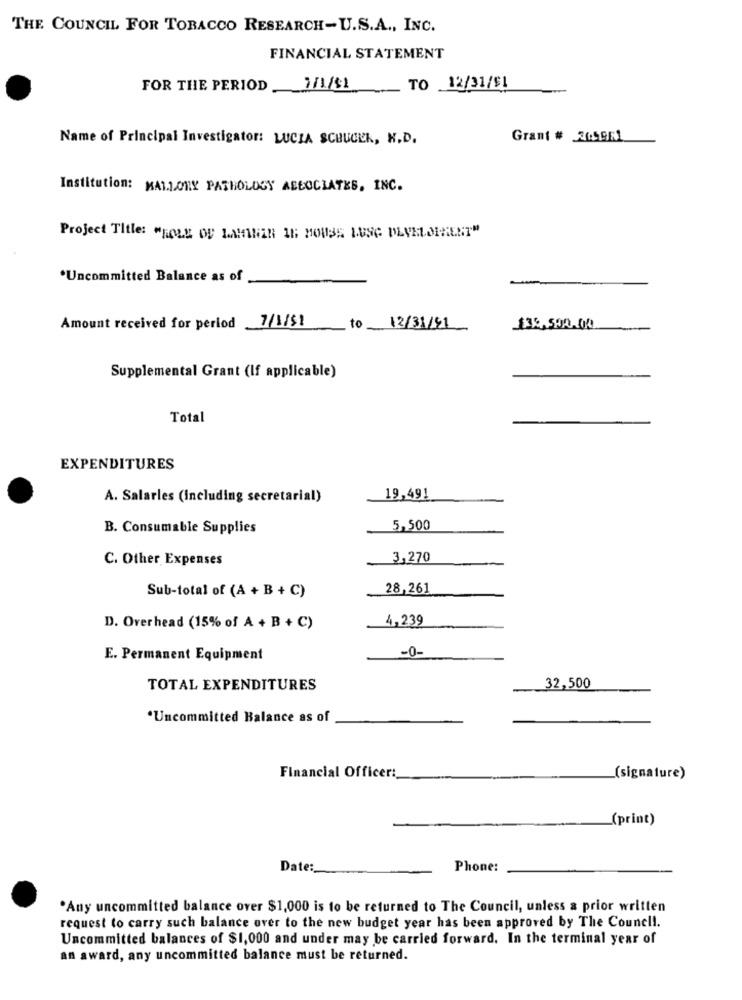
THE COUNCIL FOR TOBACCO RESEARCH-U.S.A ., INC.
FINANCIAL STATEMENT
FOR THE PERIOD
1/1/11
TO 12/31/$1
Name of Principal Investigator: LUCIA SCHUCER, K.D.
Grant # 205961
Institution: KALLONY PATHOLOGY ABEOCIATES, INC.
Project Title: "ROLE OF LAMINAR 11; MOUSE LUNG DEVELOPMENT"
*Uncommitted Balance as of
-
Amount received for period 7/1/51
to
12/31/91
135,500.00
Supplemental Grant (If applicable)
Total
EXPENDITURES
A. Salarles (Including secretarial)
19,491
B. Consumable Supplies
5,500
C. Other Expenses
3,270
28,261
Sub-total of (A + B + C)
4,239
D. Overhead (15% of A + B + C)
-0-
E. Permanent Equipment
TOTAL EXPENDITURES
32,500
*Uncommitted Balance as of
Financial Officer:
(signature)
(print)
Date:
Phone:
.Any uncommitted balance over $1,000 is to be returned to The Council, unless a prior written
request to carry such balance over to the new budget year has been approved by The Council.
Uncommitted balances of $1,000 and under may be carried forward. In the terminal year of
an award, any uncommitted balance must be returned.